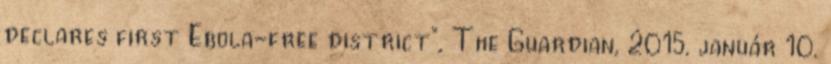
declares first Ebola-free district”, The Guardian, 2015. január 10.